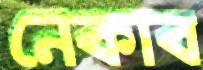
নেকাব